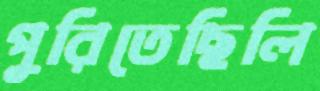
পুরিতেছিলি